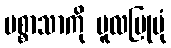
ပစ္စာသာကို မူလပြုပုံ